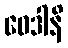
ဝေဒါနိ